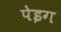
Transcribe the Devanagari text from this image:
पेइग